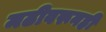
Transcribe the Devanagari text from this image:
मढीवरूनही